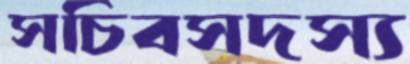
সচিবসদস্য